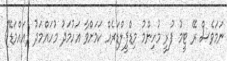
ނަމަވެސް ރޭ ޓީމު ފުރީ މުހިންމު މިޑްފީލްޑަރެއް ކަމަށްވާ އަހުމަދު މުހައްމަދު (އައްމަޑޭ)